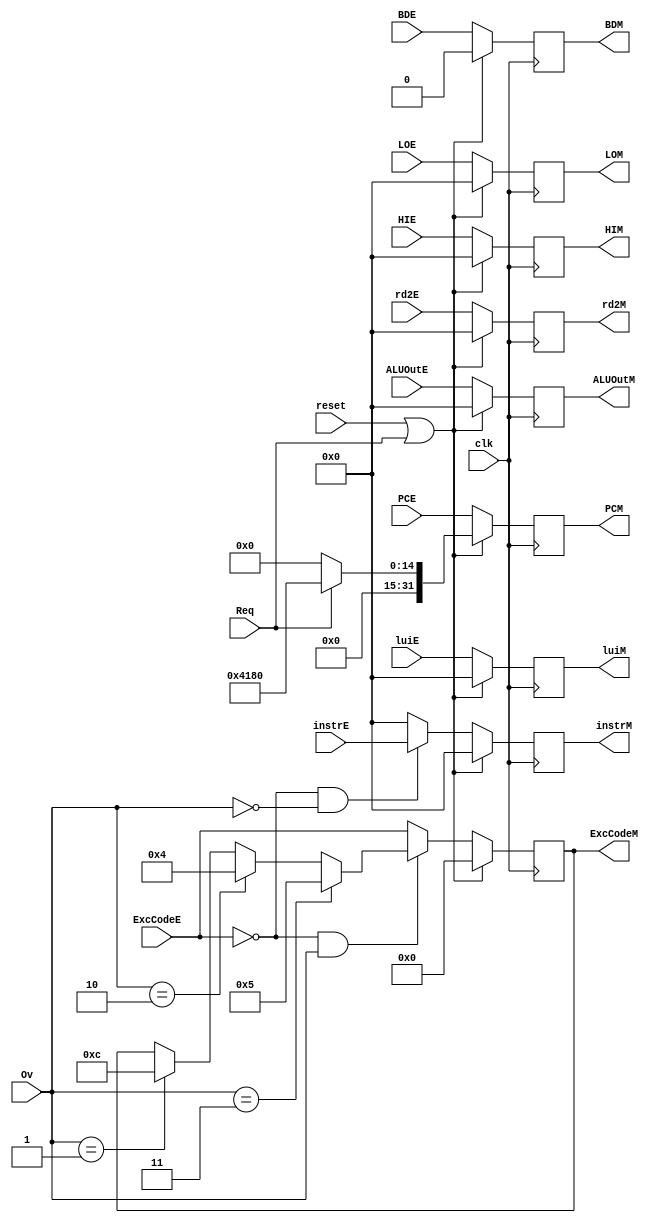
`timescale 1ns / 1ps
//////////////////////////////////////////////////////////////////////////////////
// Company: 
// Engineer: 
// 
// Design Name: 
// Module Name:    M 
// Project Name: 
// Target Devices: 
// Tool versions: 
// Description: 
//
// Dependencies: 
//
// Revision: 
// Revision 0.01 - File Created
// Additional Comments: 
//
//////////////////////////////////////////////////////////////////////////////////
module M(
	input clk,
	input reset,
	input [31:0] rd2E,
	input [31:0] ALUOutE,
	input [31:0] instrE,
	input [31:0] luiE,
	input [31:0] PCE,
	input [31:0] HIE,
	input [31:0] LOE,
	input [4:0] ExcCodeE,
	input [2:0] Ov,
	input BDE, 
	input Req,
	output reg [31:0] rd2M,
	output reg [31:0] ALUOutM,
	output reg [31:0] instrM,
	output reg [31:0] luiM,
	output reg [31:0] PCM,
	output reg [31:0] HIM,
	output reg [31:0] LOM,
	output reg [4:0] ExcCodeM,
	output reg BDM
    );
	
	always@(posedge clk)begin
		if(reset|Req)begin
			rd2M<=0;
			ALUOutM<=0;
			instrM<=0;
			luiM<=0;
			PCM<=(Req) ? 32'h4180 : 0;
			HIM<=0;
			LOM<=0;
			ExcCodeM<=0;
			BDM<=0;
		end
		else begin
			rd2M<=rd2E;
			ALUOutM<=ALUOutE;
			luiM<=luiE;
			PCM<=PCE;
			HIM<=HIE;
			LOM<=LOE;
			BDM<=BDE;
			if(!ExcCodeE&&!Ov) instrM<=instrE;
			else instrM<=0;
			if(!ExcCodeE&&Ov)begin
				if(Ov==1) ExcCodeM<=12;
				if(Ov==2) ExcCodeM<=4;
				if(Ov==3) ExcCodeM<=5;
			end
			else ExcCodeM<=ExcCodeE;
		end
	end

endmodule